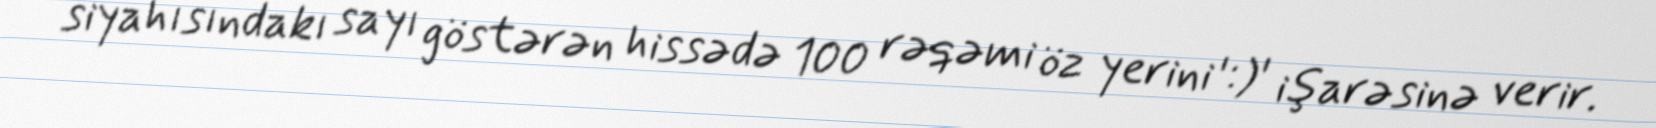
siyahısındakı sayı göstərən hissədə 100 rəqəmi öz yerini ':)' işarəsinə verir.